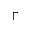
\Gamma